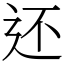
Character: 还